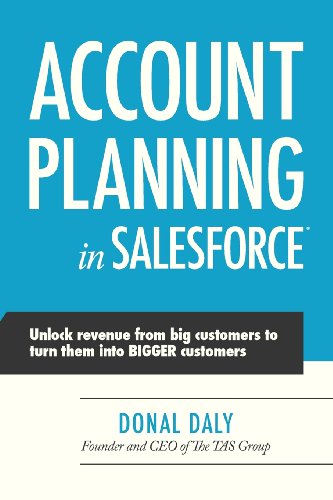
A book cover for Account Planning in Salesforce; Donal Daly; Business & Money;